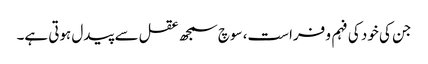
جن کی خود کی فہم و فراست، سوچ سمجھ عقل سے پیدل ہوتی ہے۔